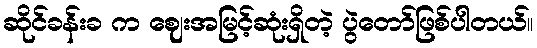
ဆိုင်ခန်းခ က ဈေးအမြင့်ဆုံးရှိတဲ့ ပွဲတော်ဖြစ်ပါတယ်။